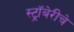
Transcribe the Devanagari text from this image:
स्ट्रॉबेरीचे